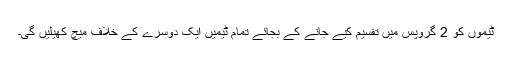
ٹیموں کو 2 گروپس میں تقسیم کیے جانے کے بجائے تمام ٹیمیں ایک دوسرے کے خلاف میچ کھیلیں گی۔